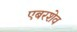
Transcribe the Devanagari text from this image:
एबरशेव